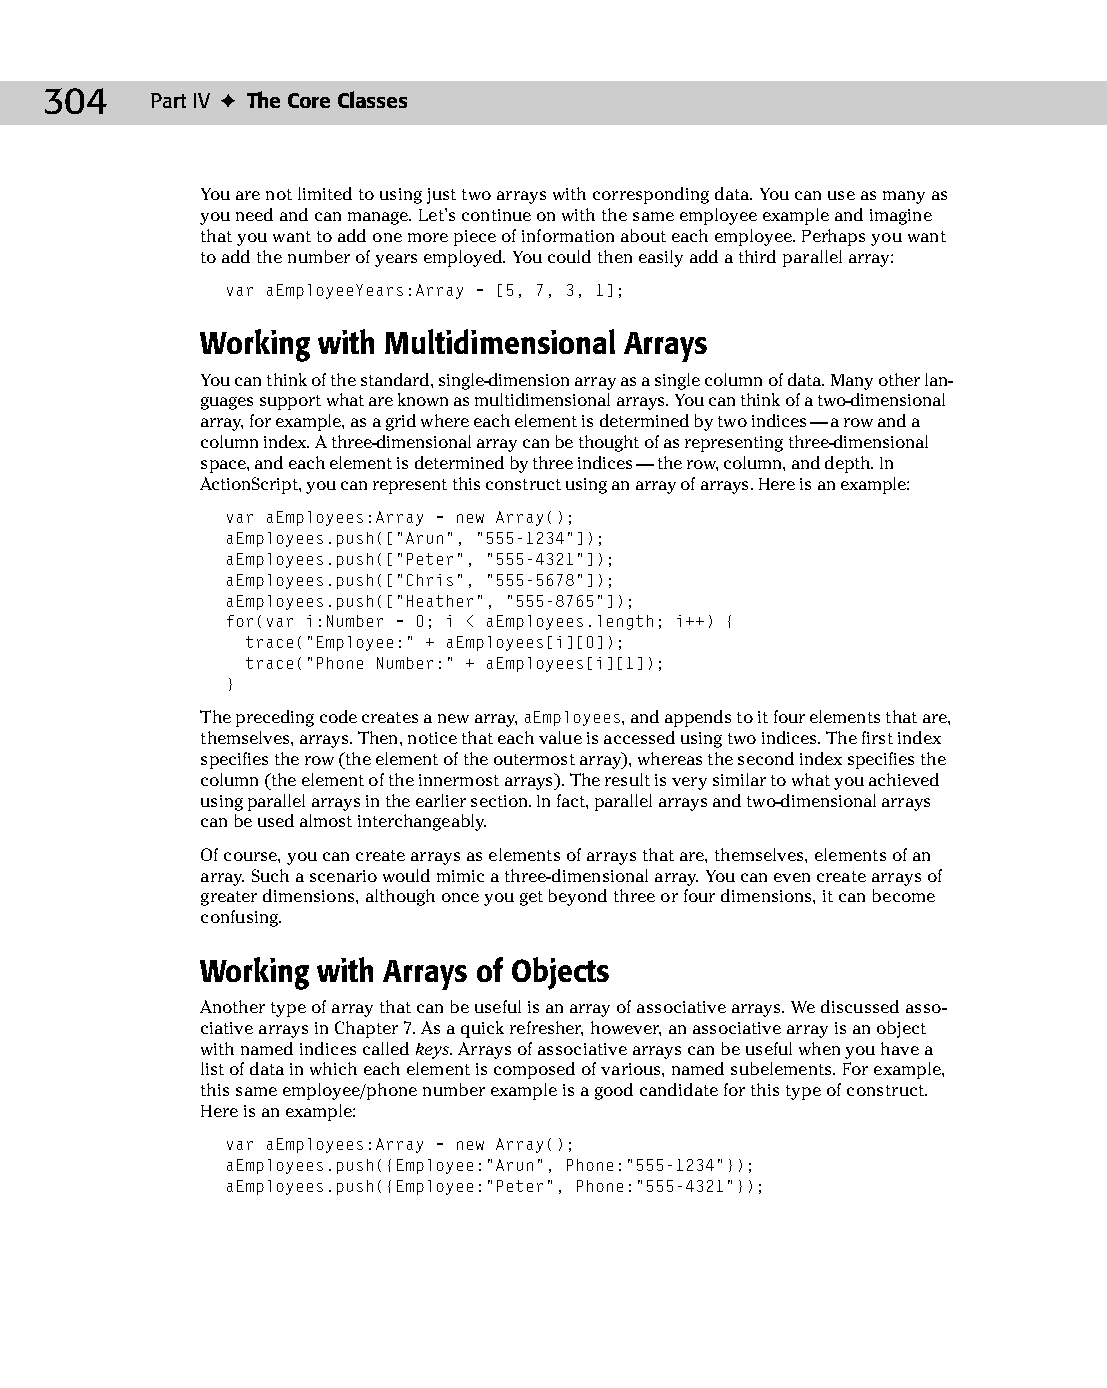
16 543547 ch11.qxd 3/24/04 3:48 PM Page 304
 304    Part IV ✦ The Core Classes
 You are not limited to using just two arrays with corresponding data. You can use as many as
 you need and can manage. Let’s continue on with the same employee example and imagine
 that you want to add one more piece of information about each employee. Perhaps you want
 to add the number of years employed. You could then easily add a third parallel array:
 var aEmployeeYears:Array = [5, 7, 3, 1];
 Working with Multidimensional Arrays
 You can think of the standard, single-dimension array as a single column of data. Many other lan­
 guages support what are known as multidimensional arrays. You can think of a two-dimensional
 array, for example, as a grid where each element is determined by two indices — a row and a
 column index. A three-dimensional array can be thought of as representing three-dimensional
 space, and each element is determined by three indices — the row, column, and depth. In
 ActionScript, you can represent this construct using an array of arrays. Here is an example:
 var aEmployees:Array = new Array();
 aEmployees.push([“Arun”, “555-1234”]);
 aEmployees.push([“Peter”, “555-4321”]);
 aEmployees.push([“Chris”, “555-5678”]);
 aEmployees.push([“Heather”, “555-8765”]);
 for(var i:Number = 0; i < aEmployees.length; i++) {
 trace(“Employee:” + aEmployees[i][0]);
 trace(“Phone Number:” + aEmployees[i][1]);
 }
 The preceding code creates a new array, aEmployees, and appends to it four elements that are,
 themselves, arrays. Then, notice that each value is accessed using two indices. The first index
 specifies the row (the element of the outermost array), whereas the second index specifies the
 column (the element of the innermost arrays). The result is very similar to what you achieved
 using parallel arrays in the earlier section. In fact, parallel arrays and two-dimensional arrays
 can be used almost interchangeably.
 Of course, you can create arrays as elements of arrays that are, themselves, elements of an
 array. Such a scenario would mimic a three-dimensional array. You can even create arrays of
 greater dimensions, although once you get beyond three or four dimensions, it can become
 confusing.
 Working with Arrays of Objects
 Another type of array that can be useful is an array of associative arrays. We discussed asso­
 ciative arrays in Chapter 7. As a quick refresher, however, an associative array is an object
 with named indices called keys. Arrays of associative arrays can be useful when you have a
 list of data in which each element is composed of various, named subelements. For example,
 this same employee/phone number example is a good candidate for this type of construct.
 Here is an example:
 var aEmployees:Array = new Array();
 aEmployees.push({Employee:”Arun”, Phone:”555-1234”});
 aEmployees.push({Employee:”Peter”, Phone:”555-4321”});